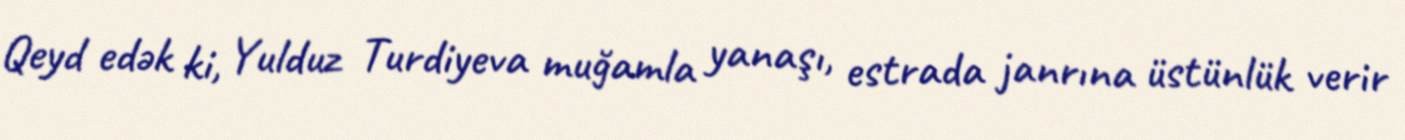
Qeyd edək ki, Yulduz Turdiyeva muğamla yanaşı, estrada janrına üstünlük verir